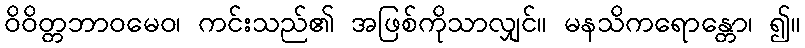
ဝိဝိတ္တဘာဝမေဝ၊ ကင်းသည်၏ အဖြစ်ကိုသာလျှင်။ မနသိကရောန္တော၊ ၍။